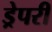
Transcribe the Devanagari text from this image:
ड्रेपरी